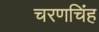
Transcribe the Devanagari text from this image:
चरणचिंह